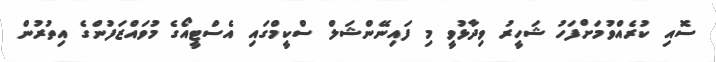
ސޮއި ކުރެއްވުމަށްފަހު ޝަހީރު ވިދާޅުވީ މި ފައިނޭންޝަލް ސްކީމްގައި އެސްޓީއޯގެ މުވައްޒަފުންގެ އިތުރުން